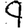
Digit: 9